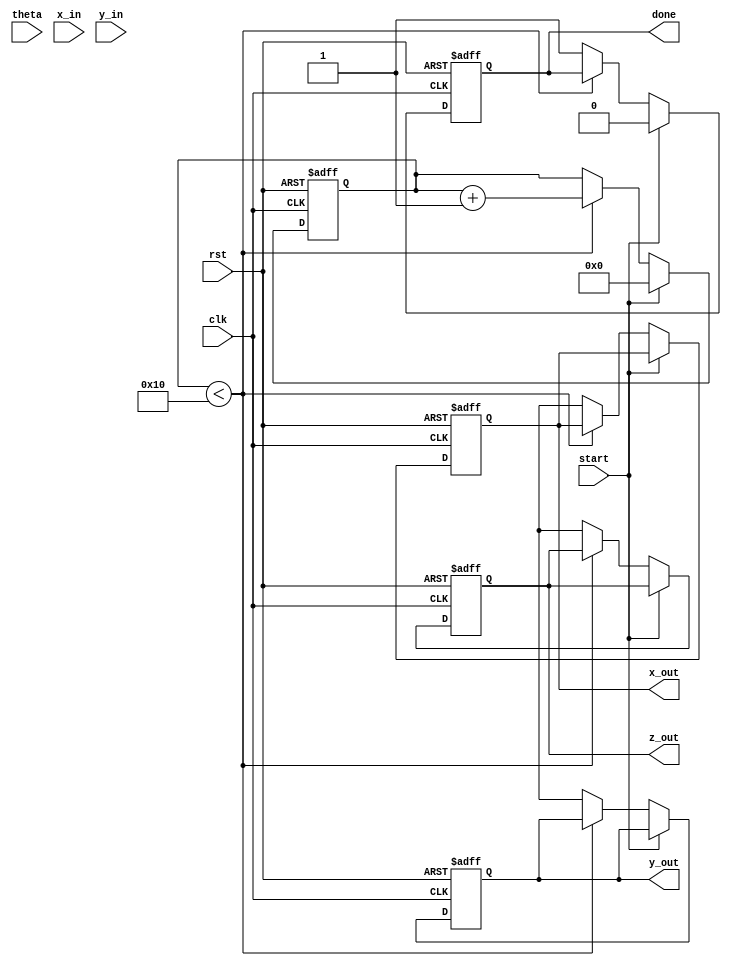
module cordic (
    input clk,
    input rst,
    input start,
    input [15:0] theta, // Input angle in fixed-point format
    input [15:0] x_in,  // Initial x vector
    input [15:0] y_in,  // Initial y vector
    output reg [15:0] x_out, // Output x vector
    output reg [15:0] y_out, // Output y vector
    output reg [15:0] z_out, // Output angle
    output reg done // Processing done signal
);

    parameter NUM_ITERATIONS = 16; // Number of iterations
    reg [15:0] x [0:NUM_ITERATIONS-1]; // x values
    reg [15:0] y [0:NUM_ITERATIONS-1]; // y values
    reg [15:0] z [0:NUM_ITERATIONS-1]; // z values
    reg [3:0] i; // Iteration counter
    reg [15:0] atan_table [0:NUM_ITERATIONS-1]; // Lookup table for atan(2^-i)
    reg [15:0] d; // Direction variable

    // Initialize atan table
    initial begin
        atan_table[0] = 16'h3243; // atan(2^0) in fixed-point
        atan_table[1] = 16'h1DAC; // atan(2^-1)
        atan_table[2] = 16'h0FAE; // atan(2^-2)
        atan_table[3] = 16'h07F5; // atan(2^-3)
        atan_table[4] = 16'h03FE; // atan(2^-4)
        atan_table[5] = 16'h01FF; // atan(2^-5)
        atan_table[6] = 16'h00FF; // atan(2^-6)
        atan_table[7] = 16'h007F; // atan(2^-7)
        atan_table[8] = 16'h003F; // atan(2^-8)
        atan_table[9] = 16'h001F; // atan(2^-9)
        atan_table[10] = 16'h000F; // atan(2^-10)
        atan_table[11] = 16'h0007; // atan(2^-11)
        atan_table[12] = 16'h0003; // atan(2^-12)
        atan_table[13] = 16'h0001; // atan(2^-13)
        atan_table[14] = 16'h0000; // atan(2^-14)
        atan_table[15] = 16'h0000; // atan(2^-15)
    end

    // State machine for CORDIC iterations
    always @(posedge clk or posedge rst) begin
        if (rst) begin
            i <= 0;
            x_out <= 0;
            y_out <= 0;
            z_out <= 0;
            done <= 0;
        end else if (start) begin
            // Initialize values
            x[0] <= x_in;
            y[0] <= y_in;
            z[0] <= theta;
            i <= 0;
            done <= 0;
        end else if (i < NUM_ITERATIONS) begin
            // Determine direction
            if (z[i] < 0) begin
                d <= -1; // Rotate clockwise
            end else begin
                d <= 1; // Rotate counter-clockwise
            end

            // CORDIC rotation equations
            x[i+1] <= x[i] - (d * (y[i] >>> i));
            y[i+1] <= y[i] + (d * (x[i] >>> i));
            z[i+1] <= z[i] - (d * atan_table[i]);

            // Increment iteration counter
            i <= i + 1;
        end else begin
            // Output final results
            x_out <= x[NUM_ITERATIONS];
            y_out <= y[NUM_ITERATIONS];
            z_out <= z[NUM_ITERATIONS];
            done <= 1; // Indicate processing is done
        end
    end
endmodule